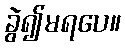
ခွဲ၍မရပေ။